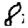
Digit: 8